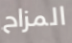
المزاح